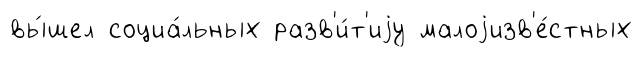
вы́шел социа́льных разв'и́т'иjу малоjизв'е́стных